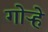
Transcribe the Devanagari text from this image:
गोऱ्हे